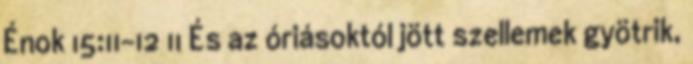
Énok 15:11-12 11 És az óriásoktól jött szellemek gyötrik,